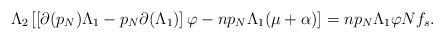
LaTeX: \begin{align*}\Lambda_2\left[\left[\partial (p_N)\Lambda_1-p_N\partial(\Lambda_1)\right]\varphi-np_N\Lambda_1 (\mu+\alpha)\right]=np_N\Lambda_1\varphi N f_s.\end{align*}